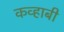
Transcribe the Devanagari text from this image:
कव्हाबी